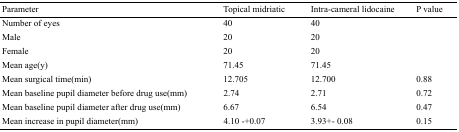
| Parameter | Topical midriatic | Intra-cameral lidocaine | P value |
 | --- | --- | --- | --- |
 | Number of eyes | 40 | 40 |  |
 | Male | 20 | 20 |  |
 | Female | 20 | 20 |  |
 | Mean age(y) | 71.45 | 71.45 |  |
 | Mean surgical time(min) | 12.705 | 12.700 | 0.88 |
 | Mean baseline pupil diameter before drug use(mm) | 2.74 | 2.71 | 0.72 |
 | Mean baseline pupil diameter after drug use(mm) | 6.67 | 6.54 | 0.47 |
 | Mean increase in pupil diameter(mm) | 4.10 -+0.07 | 3.93+- 0.08 | 0.15 |